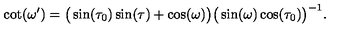
\cot ( \omega ^ { \prime } ) = \big ( \sin ( \tau _ { 0 } ) \sin ( \tau ) + \cos ( \omega ) \big ) \big ( \sin ( \omega ) \cos ( \tau _ { 0 } ) \big ) ^ { - 1 } .